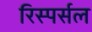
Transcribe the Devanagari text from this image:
रिस्पर्सल